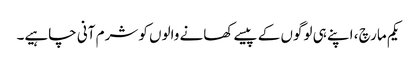
یکم مارچ ، اپنے ہی لوگوں کے پیسے کھانے والوں کو شرم آنی چاہیے۔